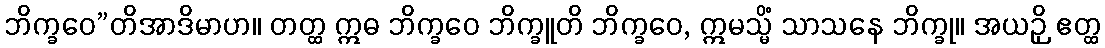
ဘိက္ခဝေ”တိအာဒိမာဟ။ တတ္ထ ဣဓ ဘိက္ခဝေ ဘိက္ခူတိ ဘိက္ခဝေ, ဣမသ္မိံ သာသနေ ဘိက္ခု။ အယဉှိ ဧတ္ထ